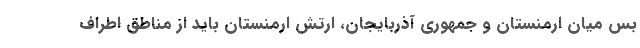
بس میان ارمنستان و جمهوری آذربایجان، ارتش ارمنستان باید از مناطق اطراف